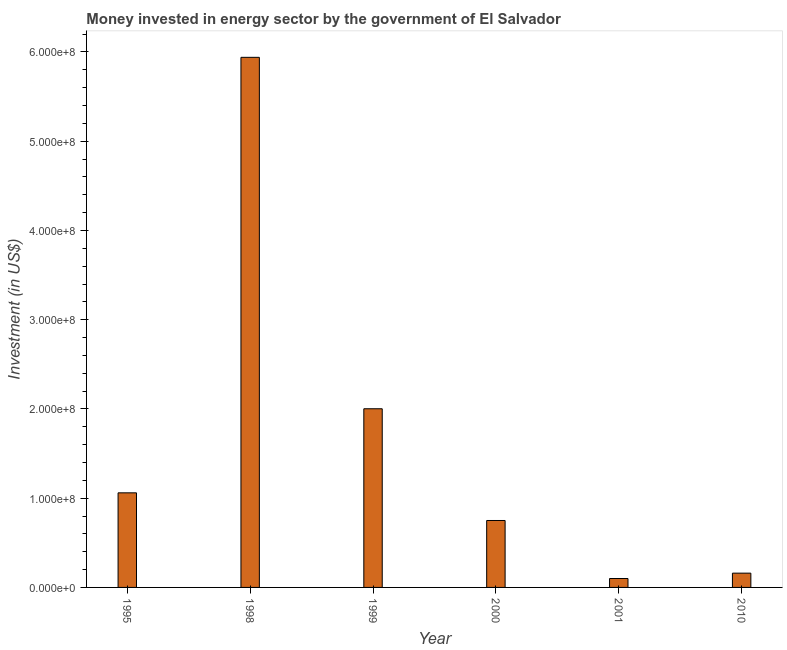
| Year | Investment in energy with private participation (current US$) |
 | --- | --- |
 | 1995 | 1.06e+08 |
 | 1998 | 5.94e+08 |
 | 1999 | 2e+08 |
 | 2000 | 7.5e+07 |
 | 2001 | 1e+07 |
 | 2010 | 1.6e+07 |